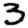
Digit: 3